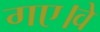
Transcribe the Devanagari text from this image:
गए।वे